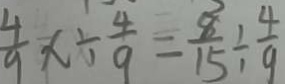
\frac { 4 } { 9 } x \div \frac { 4 } { 9 } = \frac { 8 } { 1 5 } \div \frac { 4 } { 9 }